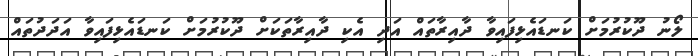
ލޯނު ދޫކުރުމަށް ކަނޑައެޅިފައިވާ ދާއިރާތައް އަދި އެކި ދާއިރާތަކަށް ދޫކުރުމަށް ކަނޑައެޅިފައިވާ އަދަދުތައް